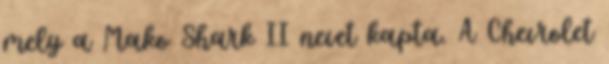
mely a Mako Shark II nevet kapta. A Chevrolet